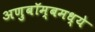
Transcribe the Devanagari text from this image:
अणुबॉम्बमध्ये